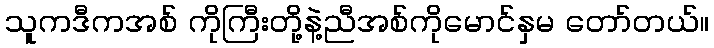
သူကဒီကအစ် ကိုကြီးတို့နဲ့ညီအစ်ကိုမောင်နှမ တော်တယ်။